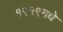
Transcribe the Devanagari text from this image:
१९१९मधे